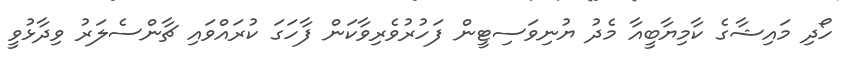
ހޯދި މައިޝާގެ ކާމިޔާބީއާ މެދު ޔުނިވަސިޓީން ފަހުރުވެރިވާކަން ފާހަގަ ކުރައްވައި ޗާންސެލަރު ވިދާޅުވީ